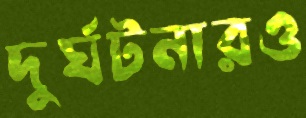
দুর্ঘটনারও